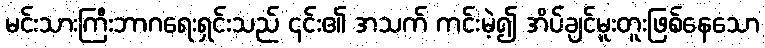
မင်းသားကြီးဘာဂရေးရှင်းသည် ၎င်း၏ အသက် ကင်းမဲ့၍ အိပ်ချင်မူးတူးဖြစ်နေသော